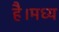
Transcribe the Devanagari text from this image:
है।मध्य